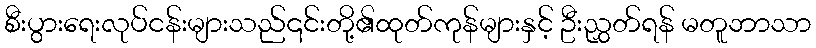
စီးပွားရေးလုပ်ငန်းများသည်၎င်းတို့၏ထုတ်ကုန်များနှင့် ဦးညွှတ်ရန် မတူဘာသာ